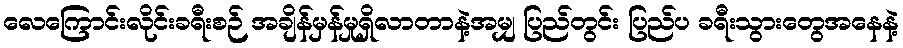
လေကြောင်းလိုင်းခရီးစဉ် အချိန်မှန်မှုရှိလာတာနဲ့အမျှ ပြည်တွင်း ပြည်ပ ခရီးသွားတွေအနေနဲ့